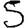
Digit: 5